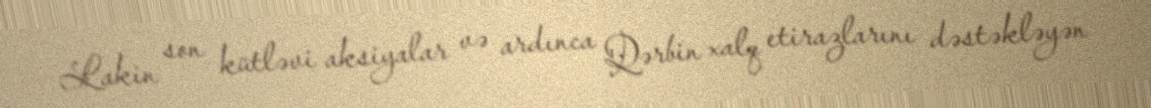
Lakin son kütləvi aksiyalar və ardınca Qərbin xalq etirazlarını dəstəkləyən